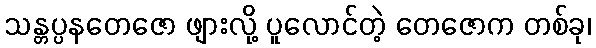
သန္တပ္ပနတေဇော ဖျားလို့ ပူလောင်တဲ့ တေဇောက တစ်ခု၊